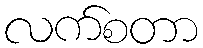
လက်စတာ